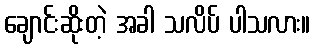
ချောင်းဆိုးတဲ့ အခါ သလိပ် ပါသလား။